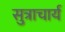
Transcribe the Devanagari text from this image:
सुत्राचार्य